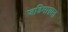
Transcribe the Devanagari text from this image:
जडिमाग्रस्त